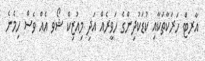
އާރޓް ހަރަކާތަކާއި ކުޑަކުދިންގެ ހަވީރެއް އަދި މިއުޒިކް ޝޯވ އެއް ވެސް ހިމެނެ